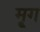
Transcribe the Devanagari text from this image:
मृ्ग